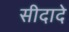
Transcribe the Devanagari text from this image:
सीदादे